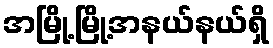
အမြို့မြို့အနယ်နယ်ရှိ